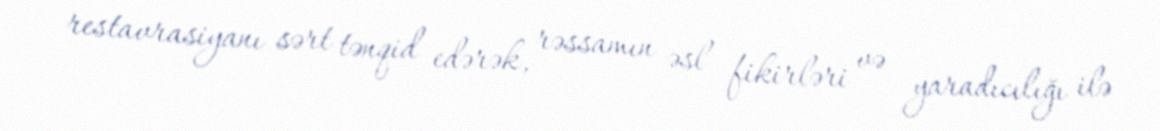
restavrasiyanı sərt tənqid edərək, rəssamın əsl fikirləri və yaradıcılığı ilə